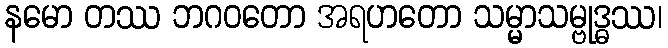
နမော တဿ ဘဂဝတော အရဟတော သမ္မာသမ္ဗုဒ္ဓဿ၊